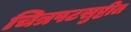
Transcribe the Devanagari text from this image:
चित्रपटसुष्टीत